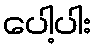
ပေါ့ပါး